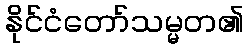
နိုင်ငံတော်သမ္မတ၏